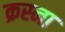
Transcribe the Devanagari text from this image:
क्रस्ना